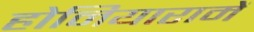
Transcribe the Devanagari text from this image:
होनियारामें